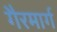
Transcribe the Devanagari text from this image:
गैरमार्ग